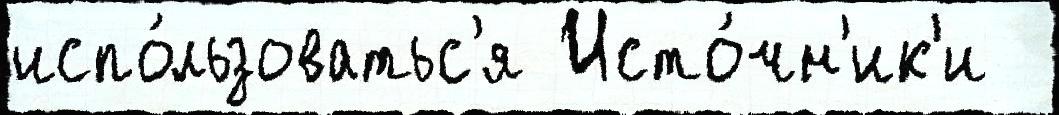
испо́льзоватьс'я Исто́чн'ик'и